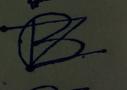
Signature authenticity: forged